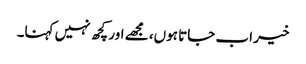
خیر اب جاتا ہوں، مجھے اور کچھ نہیں کہنا۔